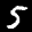
Label: 5